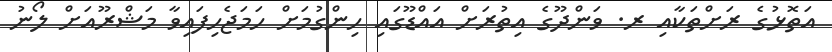
އަތޮޅުގެ ރަށްތަކާއި ރ. ވަންދޫގެ އިތުރަށް އައްޑޫގައި ހިންގުމަށް ހަމަޖެހިފައިވާ މަޝްރޫއަށް ލޯނު